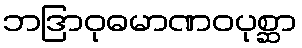
ဘဒြာဝုဓမာဏဝပုစ္ဆာ